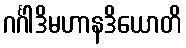
ဂင်္ဂါဒိမဟာနဒိယောတိ